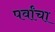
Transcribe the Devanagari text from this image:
पर्वांचा